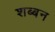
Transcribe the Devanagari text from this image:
शब्बन